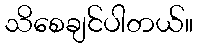
သိစေချင်ပါတယ်။